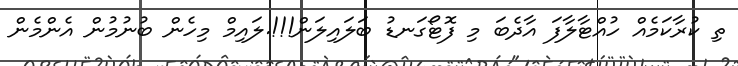
ތި ކުރާކަމެއް ހުއްޓާލާފަ އާދެބަ މި ފޮޓޯގަނޑު ބަލައިލަން!!!.ލައިމް މިހެން ބުނުމުން އެންމެން